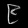
Digit: ၉